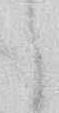
候